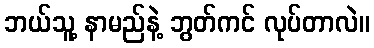
ဘယ်သူ့ နာမည်နဲ့ ဘွတ်ကင် လုပ်တာလဲ။